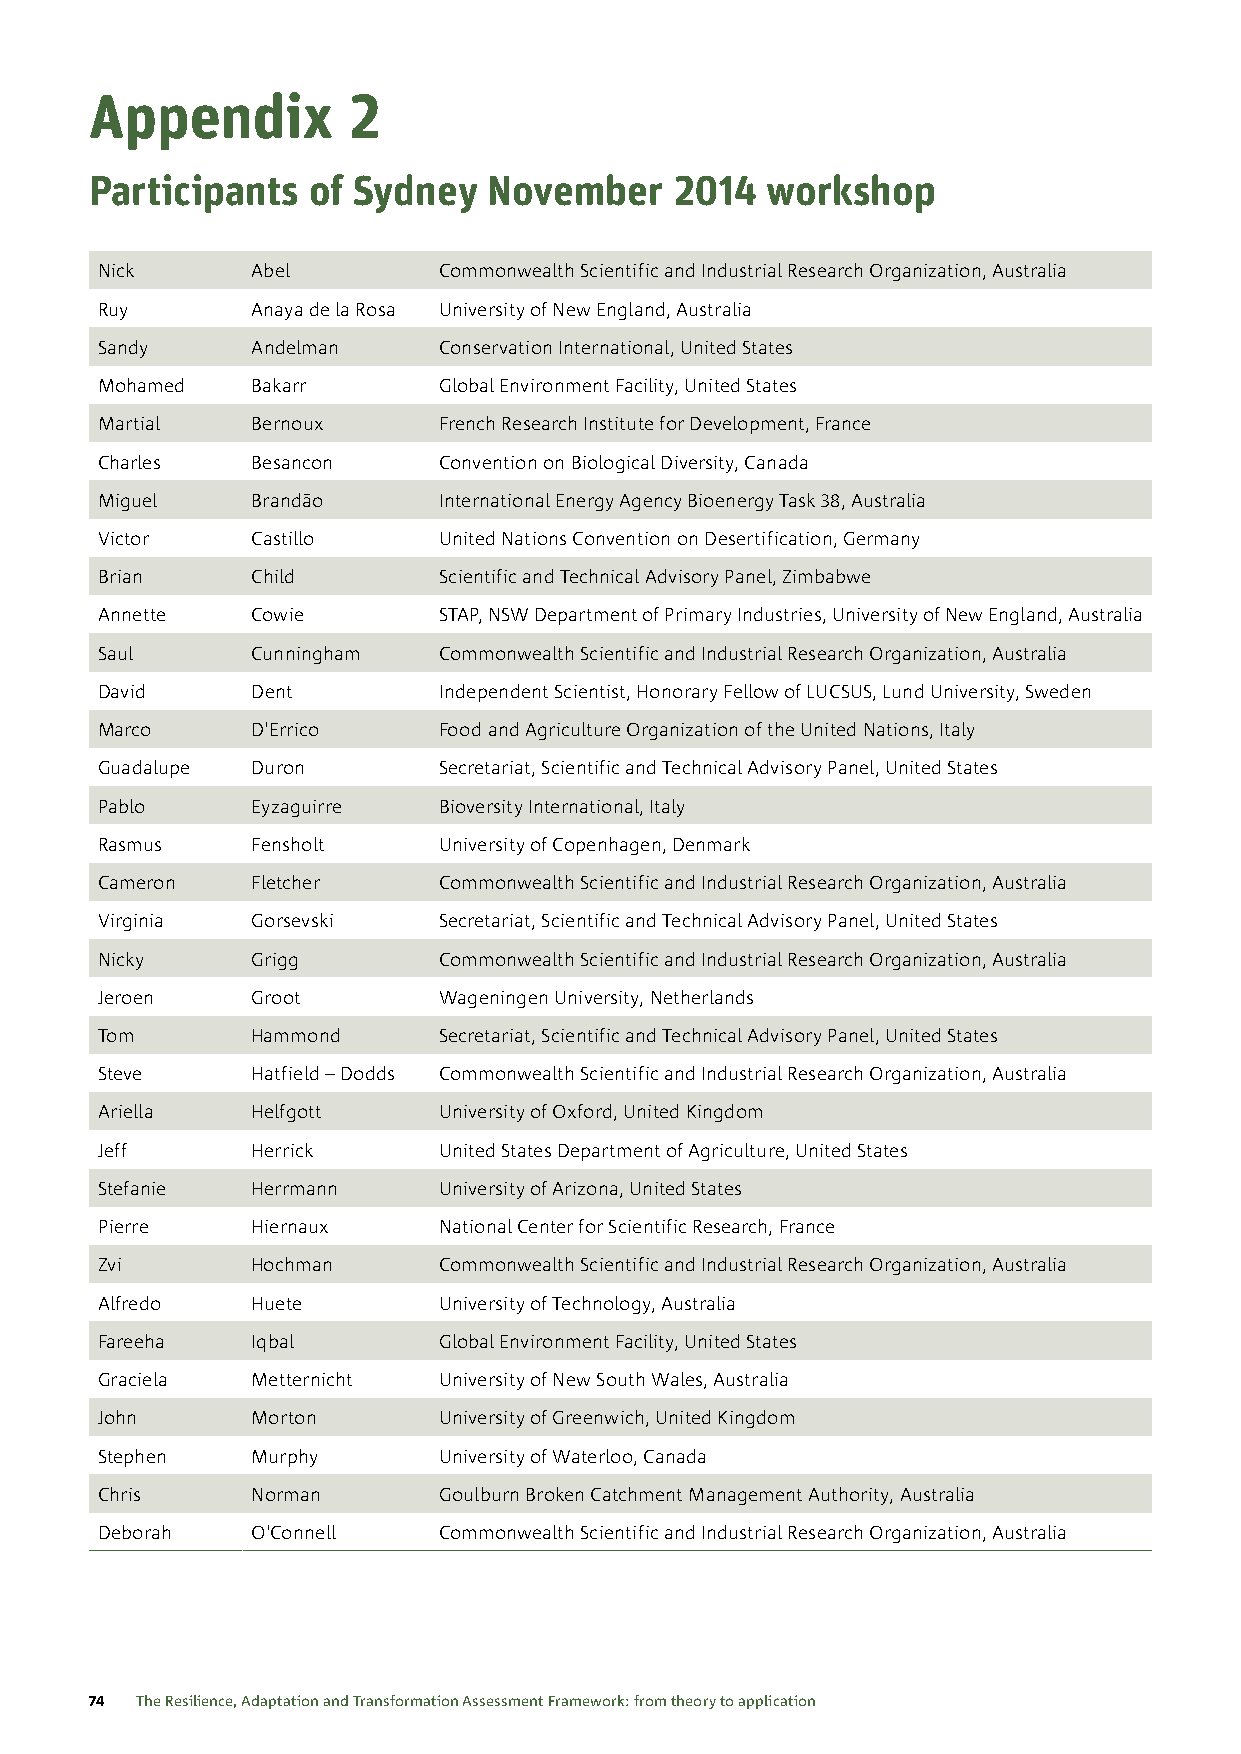
Appendix         2
 Participants  of Sydney   November     2014  workshop
 Nick       Abel        Commonwealth Scientific and Industrial Research Organization, Australia
 Ruy        Anaya de la Rosa University of New England, Australia
 Sandy      Andelman    Conservation International, United States
 Mohamed    Bakarr      Global Environment Facility, United States
 Martial    Bernoux     French Research Institute for Development, France
 Charles    Besancon    Convention on Biological Diversity, Canada
 Miguel     Brandão     International Energy Agency Bioenergy Task 38, Australia
 Victor     Castillo    United Nations Convention on Desertification, Germany
 Brian      Child       Scientific and Technical Advisory Panel, Zimbabwe
 Annette    Cowie       STAP, NSW Department of Primary Industries, University of New England, Australia
 Saul       Cunningham  Commonwealth Scientific and Industrial Research Organization, Australia
 David      Dent        Independent Scientist, Honorary Fellow of LUCSUS, Lund University, Sweden
 Marco      D'Errico    Food and Agriculture Organization of the United Nations, Italy
 Guadalupe  Duron       Secretariat, Scientific and Technical Advisory Panel, United States
 Pablo      Eyzaguirre  Bioversity International, Italy
 Rasmus     Fensholt    University of Copenhagen, Denmark
 Cameron    Fletcher    Commonwealth Scientific and Industrial Research Organization, Australia
 Virginia   Gorsevski   Secretariat, Scientific and Technical Advisory Panel, United States
 Nicky      Grigg       Commonwealth Scientific and Industrial Research Organization, Australia
 Jeroen     Groot       Wageningen University, Netherlands
 Tom        Hammond     Secretariat, Scientific and Technical Advisory Panel, United States
 Steve      Hatfield – Dodds Commonwealth Scientific and Industrial Research Organization, Australia
 Ariella    Helfgott    University of Oxford, United Kingdom
 Jeff       Herrick     United States Department of Agriculture, United States
 Stefanie   Herrmann    University of Arizona, United States
 Pierre     Hiernaux    National Center for Scientific Research, France
 Zvi        Hochman     Commonwealth Scientific and Industrial Research Organization, Australia
 Alfredo    Huete       University of Technology, Australia
 Fareeha    Iqbal       Global Environment Facility, United States
 Graciela   Metternicht University of New South Wales, Australia
 John       Morton      University of Greenwich, United Kingdom
 Stephen    Murphy      University of Waterloo, Canada
 Chris      Norman      Goulburn Broken Catchment Management Authority, Australia
 Deborah    O'Connell   Commonwealth Scientific and Industrial Research Organization, Australia
 74 The Resilience, Adaptation and Transformation Assessment Framework: from theory to application